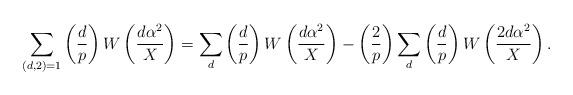
LaTeX: \begin{align*} \sum_{(d,2)=1}\left( \frac{d}{p} \right) W\left( \frac{d\alpha^2}{X} \right)=\sum_{d}\left( \frac{d}{p} \right) W\left(\frac{d\alpha^2}{X} \right)-\left( \frac{2}{p} \right)\sum_{d}\left( \frac{d}{p} \right) W\left( \frac{2 d\alpha^2}{X} \right).\end{align*}